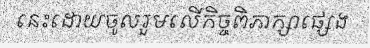
នេះដោយចូលរួមលើកិច្ចពិភាក្សាផ្សេង